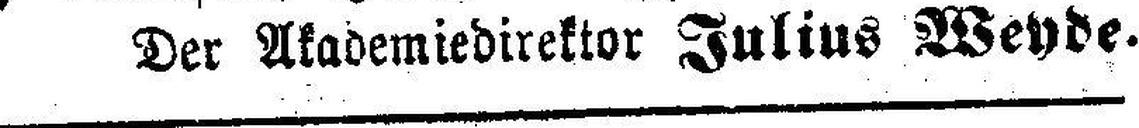
Der Akademiedirektor Julius Weyde.